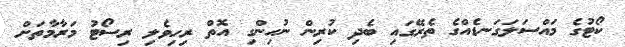
ކޯޓުގެ މައްސަލަގަނޑެއްގެ ތެރޭގައި ބެދި ކުރިން ނުހިންގި އޮތް ރިހިވެލި ރިސޯޓު މަރާމާތަށް